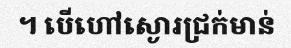
។ បើហៅស្ងោរជ្រក់មាន់